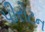
પીરોટન